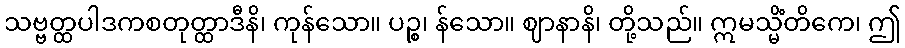
သဗ္ဗတ္ထပါဒကစတုတ္ထာဒီနိ၊ ကုန်သော။ ပဉ္စ၊ န်သော။ ဈာနာနိ၊ တို့သည်။ ဣမသ္မိံတိကေ၊ ဤ